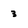
Character: 3